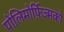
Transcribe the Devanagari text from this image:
पोलिमोर्फ़िज्मको